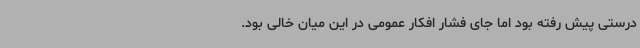
‌درستی پیش رفته بود اما جای فشار افکار عمومی در این میان خالی بود.